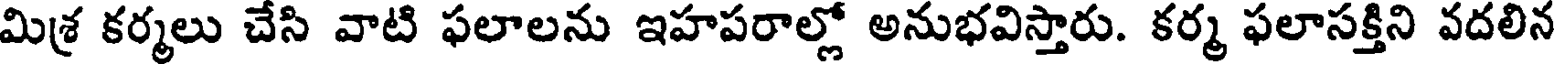
మిశ్ర కర్మలు చేసి వాటి ఫలాలను ఇహపరాల్లో అనుభవిస్తారు. కర్మ ఫలాసక్తిని వదలిన